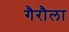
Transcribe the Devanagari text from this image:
गैरौला